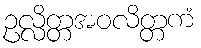
ဥလ္လိတ္တအဝလိတ္တကံ